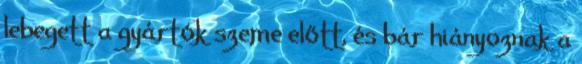
lebegett a gyártók szeme előtt, és bár hiányoznak a